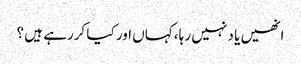
انھیں یا د نہیں رہا ،کہاں اور کیا کررہے ہیں ؟